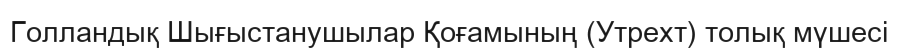
Голландық Шығыстанушылар Қоғамының (Утрехт) толық мүшесі